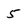
Character: 5